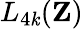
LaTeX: L_{4\mathit{k}}(\mathbf{{Z}})